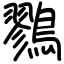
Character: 鷚